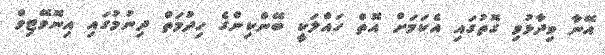
އޭނާ ވިދާޅުވި ގޮތުގައި އެކަަމަށް އޮތް ހައްލަކީ ބޭންކިންގެ ހިދުމަތް ދިނުުމުގައި އިނޮވޭޓިވް